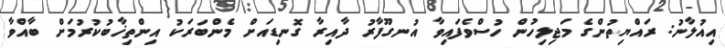
އިއުލާނު: ރައްޔިތުންގެ މަޖިލިހުން ހުސްވެފައިވާ އުނގޫފާރު ދާއިރާ ގޮނޑިއަށް މެންބަރަކު އިންތިޚާބުކުރުމަށް ބާއްވާ